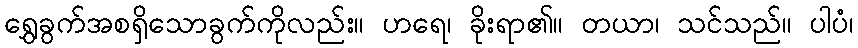
ရွှေခွက်အစရှိသောခွက်ကိုလည်း။ ဟရေ၊ ခိုးရာ၏။ တယာ၊ သင်သည်။ ပါပံ၊